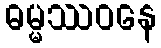
ဓမ္မဿဝနေ